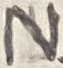
Text: N